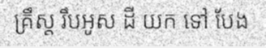
គ្រឹស្ត រឹបអូស ដី យក ទៅ បែង